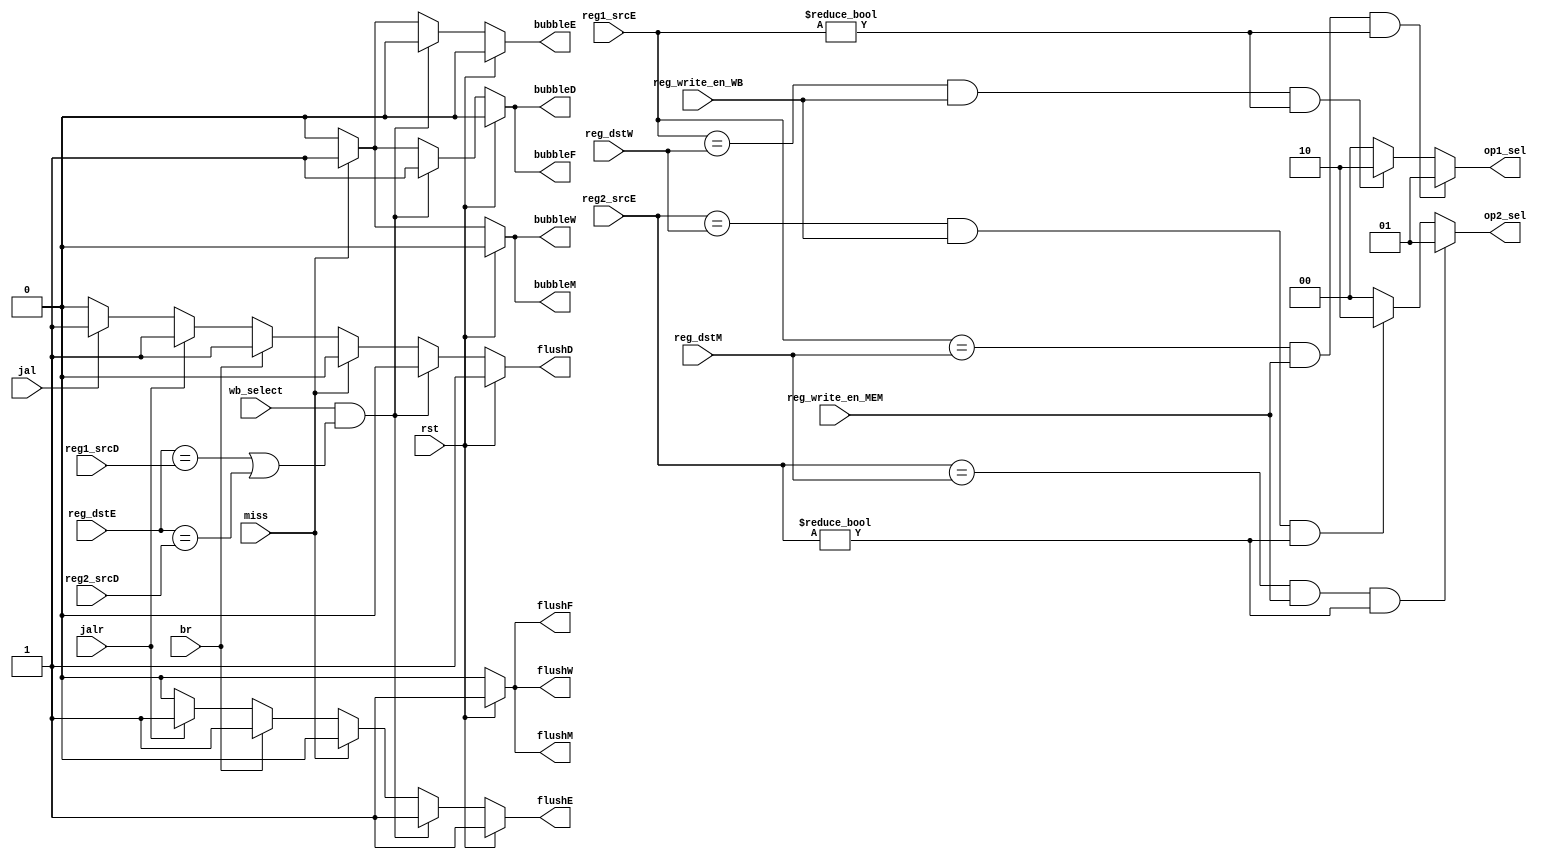
module HarzardUnit(
    input wire rst,
    input miss,
    input wire [4:0] reg1_srcD, reg2_srcD, reg1_srcE, reg2_srcE, reg_dstE, reg_dstM, reg_dstW,
    input wire br, jalr, jal,
    input wire wb_select,
    input wire reg_write_en_MEM,
    input wire reg_write_en_WB,
    output reg flushF, bubbleF, flushD, bubbleD, flushE, bubbleE, flushM, bubbleM, flushW, bubbleW,
    output reg [1:0] op1_sel, op2_sel
    );

    // TODO: Complete this module
    // generate op1_sel
    always @ (*)
    begin 
        if (reg1_srcE == reg_dstM && reg_write_en_MEM == 1 && reg1_srcE != 0)
        begin
            // mem to ex forwarding, mem forwarding first
            op1_sel = 2'b01;
        end
        else if (reg1_srcE == reg_dstW && reg_write_en_WB == 1 && reg1_srcE != 0)
        begin
            // wb to ex forwarding
            op1_sel = 2'b10;
        end
        else 
        begin
            op1_sel = 2'b00;
        end
    end
    
    // generate op2_sel
    always @ (*)
    begin
        if (reg2_srcE == reg_dstM && reg_write_en_MEM == 1 && reg2_srcE != 0)
        begin
            // mem to ex forwarding, mem forwarding first
            op2_sel = 2'b01;
        end
        else if (reg2_srcE == reg_dstW && reg_write_en_WB == 1 && reg2_srcE != 0)
        begin
            // wb to ex forwarding
            op2_sel = 2'b10;
        end
        else 
        begin
            op2_sel = 2'b00;
        end
    end
    
    // generate bubbleF and flushF and bubbleD and flushD and  bubbleE and flushE
    always @ (*)
    begin
        if (rst)
        begin
            bubbleF = 0;
            flushF = 1;
            bubbleD = 0;
            flushD = 1;
            bubbleE = 0;
            flushE = 1;
        end
        else 
        begin
            if (wb_select == 1 && (reg_dstE == reg1_srcD || reg_dstE == reg2_srcD))
            begin
                // load-use type data hazard, bubble IF, bubble ID, flushE
                bubbleF = 1;
                flushF = 0;
                bubbleD = 1;
                flushD = 0;
                bubbleE = 0;
                flushE = 1;
            end
            else if (miss)
                       begin
                           // miss bubbleF bubbleD bubbleE
                           bubbleF = 1;
                           flushF = 0;
                           bubbleD = 1;
                           flushD = 0;
                           bubbleE = 1;
                           flushE = 0;
                       end
            // implement branch predict with default no branch
            else if (br == 1)
            begin
                // branch instruction, flush ID, 
                bubbleF = 0;
                flushF = 0;
                bubbleD = 0;
                flushD = 1;
                bubbleE = 0;
                flushE = 1;
            end
            else if (jalr == 1)
            begin
                bubbleF = 0;
                flushF = 0;
                bubbleD = 0;
                flushD = 1;
                bubbleE = 0;
                flushE = 1;
            end
            else if (jal == 1)
            begin
                bubbleF = 0;
                flushF = 0;
                bubbleD = 0;
                flushD = 1;
                bubbleE = 0;
                flushE = 0;
            end
            else
            begin
                bubbleF = 0;
                flushF = 0;
                bubbleD = 0;
                flushD = 0;
                bubbleE = 0;
                flushE = 0;
            end
        end
    end
    
    // generate bubbleM and flushM
    always @ (*)
    begin
        if (rst)
        begin
            bubbleM = 0;
            flushM = 1;
        end
        else 
        begin
            if (miss)
            begin
                bubbleM = 1;
                flushM = 0;
            end
            else 
            begin
                bubbleM = 0;
                flushM = 0;
            end
        end
    end
    
    
    // generate bubbleW and flushW
    always @ (*)
    begin
        if (rst)
        begin
            bubbleW = 0;
            flushW = 1;
        end
        else 
        begin
            if (miss)
            begin
                bubbleW = 1;
                flushW = 0;
            end
            else 
            begin
                bubbleW = 0;
                flushW = 0;
            end
        end
    end

endmodule